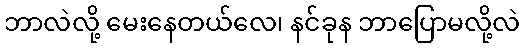
ဘာလဲလို့ မေးနေတယ်လေ၊ နင်ခုန ဘာပြောမလို့လဲ